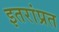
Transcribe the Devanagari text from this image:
इतरांप्रत